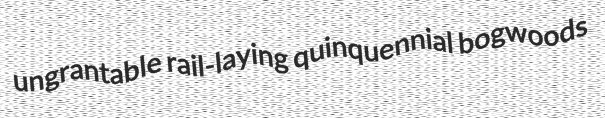
ungrantable rail-laying quinquennial bogwoods